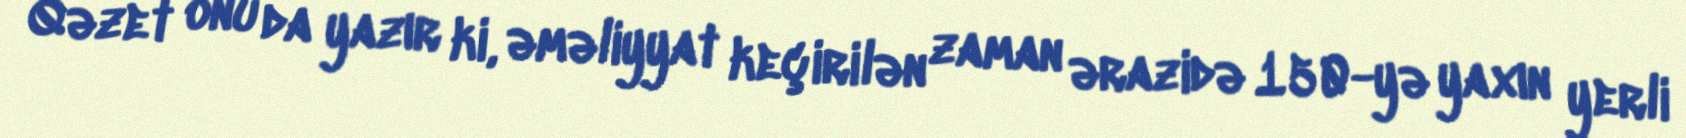
Qəzet onu da yazır ki, əməliyyat keçirilən zaman ərazidə 150-yə yaxın yerli